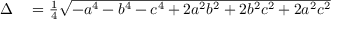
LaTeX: \begin{array} { r l } { \Delta } & { { } = { \frac { 1 } { 4 } } { \sqrt { - a ^ { 4 } - b ^ { 4 } - c ^ { 4 } + 2 a ^ { 2 } b ^ { 2 } + 2 b ^ { 2 } c ^ { 2 } + 2 a ^ { 2 } c ^ { 2 } } } } \end{array}